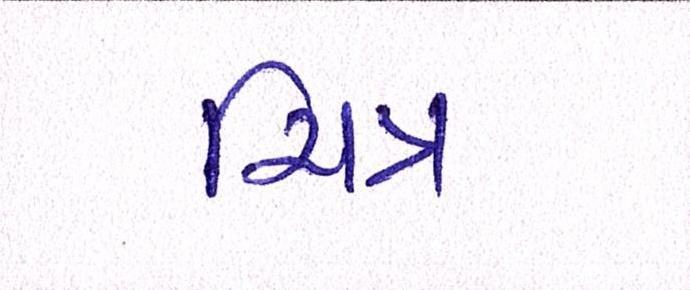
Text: ચિત્ર